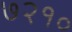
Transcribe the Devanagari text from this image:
७२१०